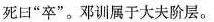
死日”卒”。邓训属于大夫阶层。